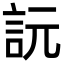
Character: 䛃